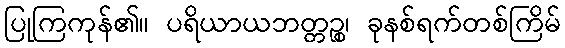
ပြုကြကုန်၏။ ပရိယာယဘတ္တဉ္စ၊ ခုနစ်ရက်တစ်ကြိမ်